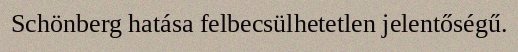
Schönberg hatása felbecsülhetetlen jelentőségű.